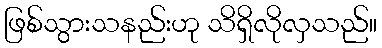
ဖြစ်သွားသနည်းဟု သိရှိလိုလှသည်။